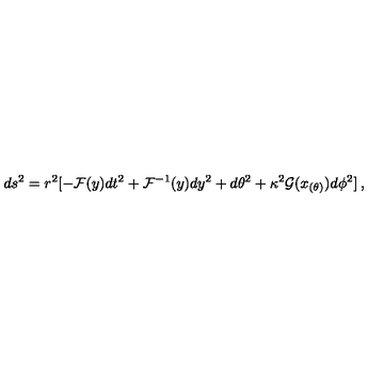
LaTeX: d s ^ { 2 } = r ^ { 2 } [ - { \cal F } ( y ) d t ^ { 2 } + { \cal F } ^ { - 1 } ( y ) d y ^ { 2 } + d \theta ^ { 2 } + \kappa ^ { 2 } { \cal { G } } ( x _ { ( \theta ) } ) d \phi ^ { 2 } ] \: ,